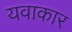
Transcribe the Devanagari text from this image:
यवाकार